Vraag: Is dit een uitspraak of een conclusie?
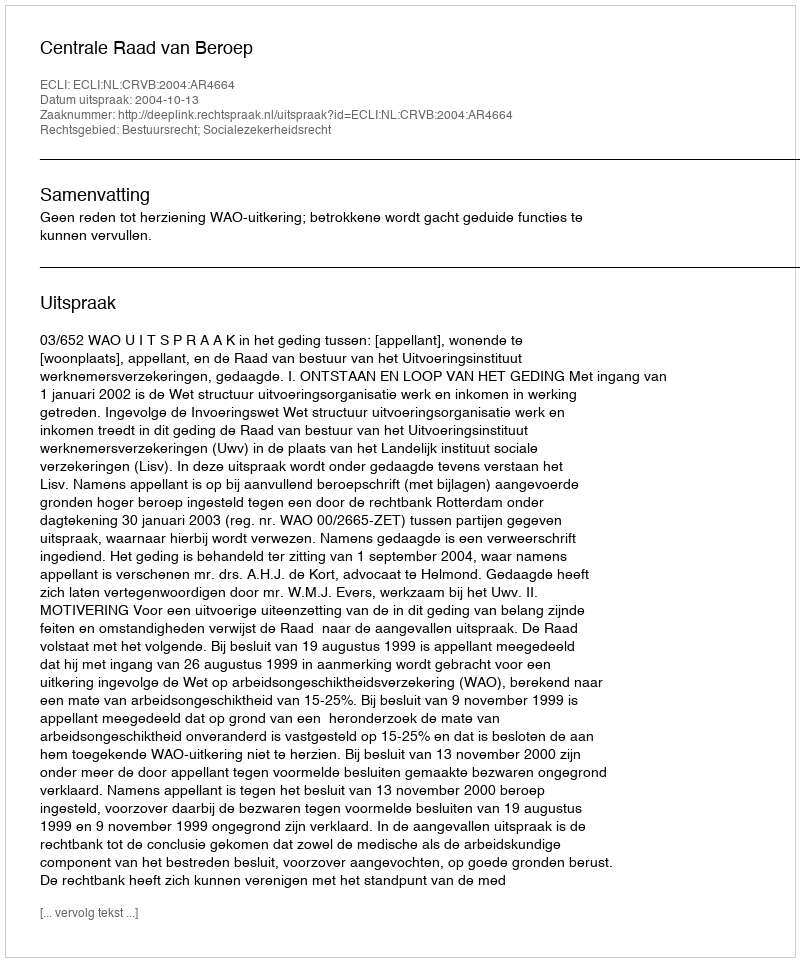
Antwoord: Uitspraak